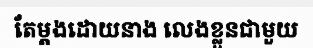
តែម្តងដោយនាង លេងខ្លួនជាមួយ